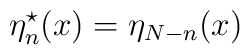
\eta^{\star}_n(x) = \eta_{N-n}(x)